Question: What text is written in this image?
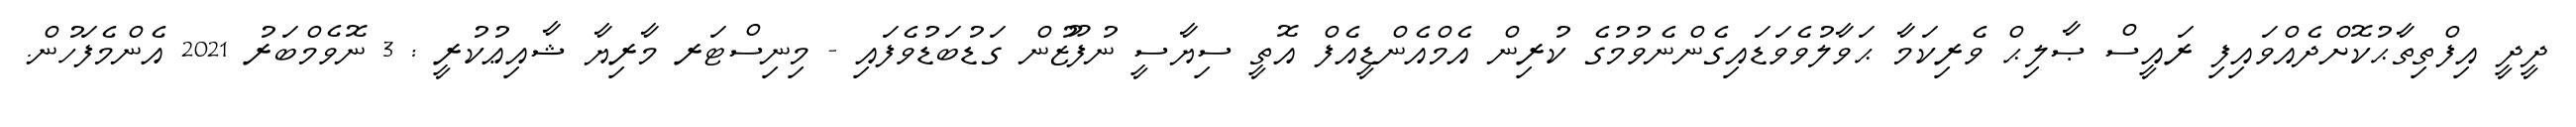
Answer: ދީދީ އިފްތިތާޙުކޮށްދެއްވައިފި ރައީސް ޞާލިޙް ވެރިކަމާ ޙަވާލުވެވަޑައިގެންނެވުމުގެ ކުރިން އެމްއެންޑީއެފް އޮތީ ސިޔާސީ ނުފޫޒުން ގަޑުބަޑުވެފައި - މިނިސްޓަރ މާރިޔާ ޝާއިޢުކުރީ : 3 ނޮވެމްބަރު 2021 އެންމެފަހުން.